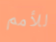
للأمم